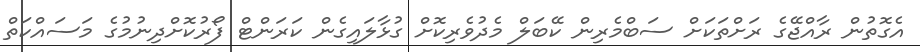
އެގޮތުން ރާއްޖޭގެ ރަށްތަކަށް ސަބްމެރިން ކޭބަލް މެދުވެރިކޮށް ގުޅާލައިގެން ކަރަންޓް ފޯރުކޮށްދިނުމުގެ މަސައްކަތް